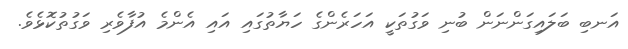
އަނބި ބަލައިގަންނަން ބުނި ވަގުތަކީ އަހަރެންގެ ހަޔާތުގައި އައި އެންމެ އުފާވެރި ވަގުތުކޮޅެވެ.